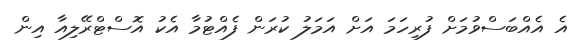
އެ އެއްބަސްވުމަށް ފުރިހަމަ އަށް އަމަލު ކުރަން ފެއްޓުމާ އެކު އޮސްޓްރޭލިއާ އިން